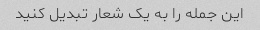
این جمله را به یک شعار تبدیل کنید